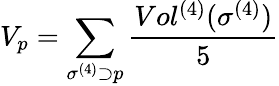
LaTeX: V_{p}=\sum_{\sigma^{(4)}\supset p}\frac{Vol^{(4)}(\sigma^{(4)})}{5}